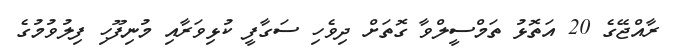
ރާއްޖޭގެ 20 އަތޮޅު ތަމްސީލްވާ ގޮތަށް ދިވެހި ސަގާފީ ކުޅިވަރާއި މުނިފޫހި ފިލުވުމުގެ